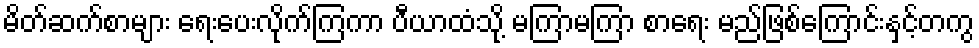
မိတ်ဆက်စာများ ရေးပေးလိုက်ကြကာ ပီယာထံသို့ မကြာမကြာ စာရေး မည်ဖြစ်ကြောင်းနှင့်တကွ